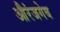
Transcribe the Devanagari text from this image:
औरंजगेब